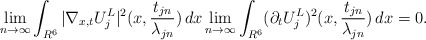
\begin{align*}\lim_{n\to\infty}\int_{R^6}|\nabla_{x,t}U_j^L|^2(x,\frac{t_{jn}}{\lambda_{jn}})\,dx\lim_{n\to\infty}\int_{R^6}(\partial_tU_j^L)^2(x,\frac{t_{jn}}{\lambda_{jn}})\,dx=0.\end{align*}